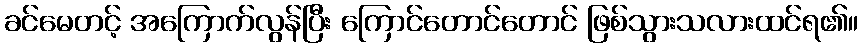
ခင်မေတင့် အကြောက်လွန်ပြီး ကြောင်တောင်တောင် ဖြစ်သွားသလားထင်ရ၏။